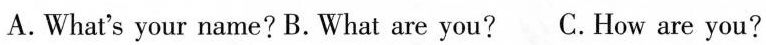
A.What's your name?B.What are you? C.How are you?